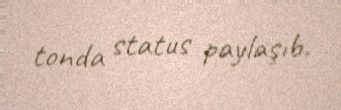
tonda status paylaşıb.